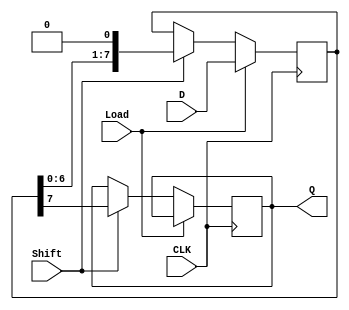
module PISO_Register #(
    parameter WIDTH = 8  // Parameter to define the width of the register
)(
    input wire [WIDTH-1:0] D,      // Parallel data input
    input wire Load,                 // Load control signal
    input wire Shift,                // Shift control signal
    input wire CLK,                  // Clock signal
    output reg Q                    // Serial output
);

    reg [WIDTH-1:0] shift_reg;      // Internal shift register

    always @(posedge CLK) begin
        if (Load) begin
            // Load data into the shift register on Load signal
            shift_reg <= D;
        end else if (Shift) begin
            // Shift data out on Shift signal
            Q <= shift_reg[WIDTH-1]; // Output the MSB
            shift_reg <= {shift_reg[WIDTH-2:0], 1'b0}; // Shift left
        end
    end

endmodule